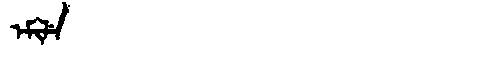
Manchu: ᡝᠮᡳᠯᡝ
Romanization: EMILE